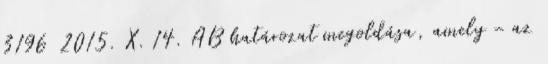
3196 2015. X. 14. AB határozat megoldása, amely – az